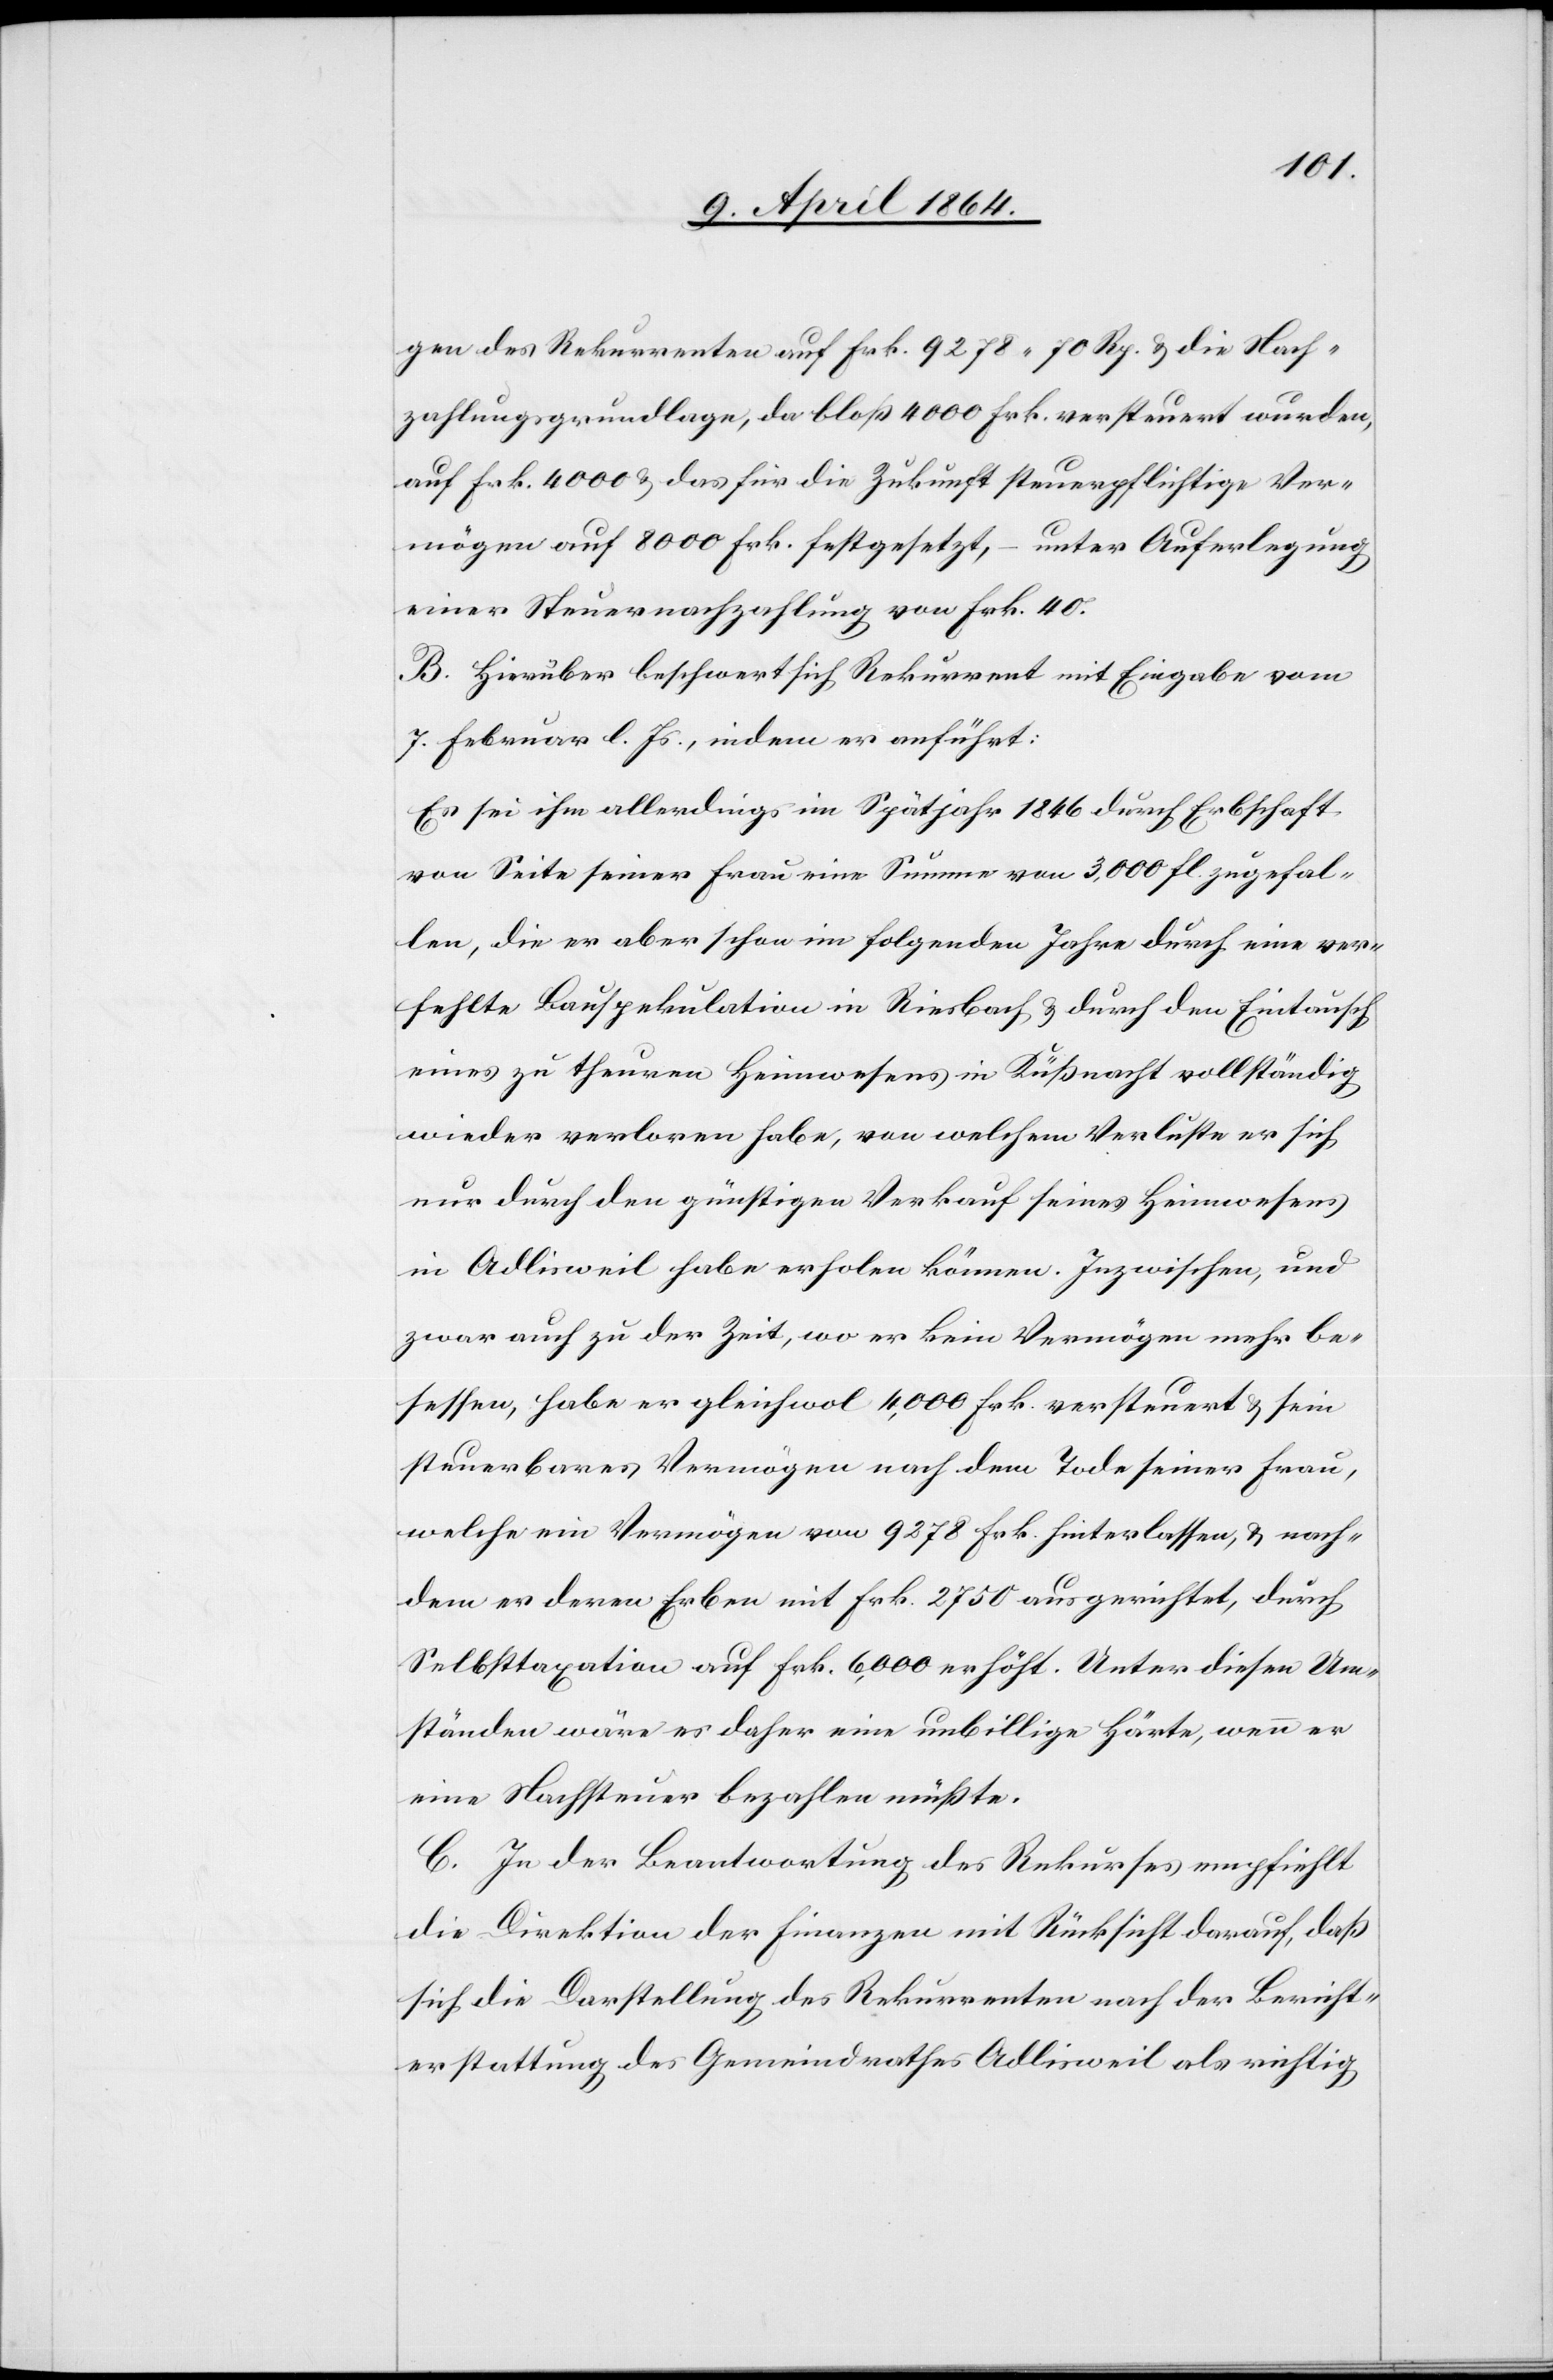
gen des Rekurrenten auf Frk. 9278 70 Rp. u die Nach¬
zahlungsgrundlage, da bloß 4000 Frk. versteuert wurden,
auf Frk. 4000 u. das für die Zukunft steuerpflichtige Ver¬
mögen auf 8000 Frk. festgesetzt, – unter Auferlegung
einer Steuernachzahlung von Frk. 40
B. Hierüber beschwert sich Rekurrent mit Eingabe vom
7. Februar l. Js., indem er anführt:
Es sei ihm allerdings im Spätjahr 1846 durch Erbschaft
von Seite seiner Frau eine Summe von 3,000 fl. zugefal¬
len, die er aber schon im folgenden Jahre durch eine ver¬
fehlte Bauspekulation in Riesbach u. durch den Eintausch
eines zu theuren Heimwesens in Küßnacht vollständig
wieder verloren habe, von welchem Verluste er sich
nur durch den günstigen Verkauf seines Heimwesens
in Adlisweil habe erholen können. Inzwischen, und
zwar auch zu der Zeit, wo er kein Vermögen mehr be¬
sessen, habe er gleichwohl 4,000 Frk. versteuert u. sein
steuerbares Vermögen nach dem Tode seiner Frau,
welche ein Vermögen von 9278 Frk. hinterlassen, u. nach¬
dem er deren Erben mit Frk. 2750 ausgerichtet, durch
Selbsttaxation auf Frk. 6,000 erhöht. Unter diesen Um¬
ständen wäre es daher eine unbillige Härte, wenn er
eine Nachsteuer bezahlen müßte.
C. In der Beantwortung des Rekurses empfiehlt
die Direktion der Finanzen mit Rücksicht darauf, daß
sich die Darstellung des Rekurrenten nach der Bericht¬
erstattung des Gemeindrathes Adlisweil als richtig